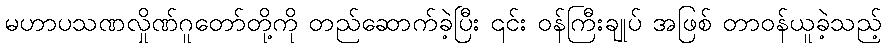
မဟာပသဏလှိုဏ်ဂူတော်တို့ကို တည်ဆောက်ခဲ့ပြီး ၎င်း ဝန်ကြီးချုပ် အဖြစ် တာဝန်ယူခဲ့သည့်